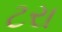
ટરા